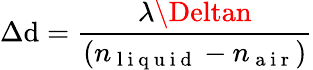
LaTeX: \Delta\mathrm{d}=\frac{{\lambda\Deltan}}{{(n_{\mathrm{{~l~i~q~u~i~\mathrm{d}~}}}-n_{\mathrm{{~a~i~r~}}})}}